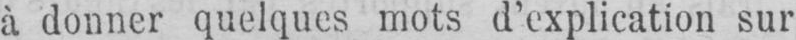
à donner quelques mots d’explication sur